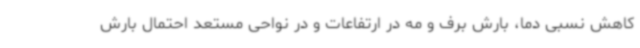
کاهش نسبی دما، بارش برف و مه در ارتفاعات و در نواحی مستعد احتمال بارش